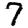
Digit: 7